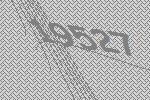
19527